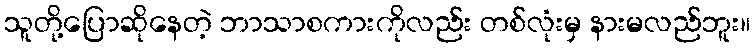
သူတို့ပြောဆိုနေတဲ့ ဘာသာစကားကိုလည်း တစ်လုံးမှ နားမလည်ဘူး။